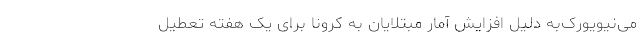
می‌نیویورک‌به دلیل افزایش آمار مبتلایان به کرونا برای یک هفته تعطیل